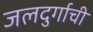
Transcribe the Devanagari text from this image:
जलदुर्गाची